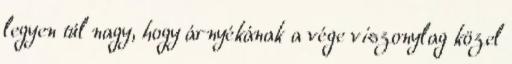
legyen túl nagy, hogy árnyékának a vége viszonylag közel